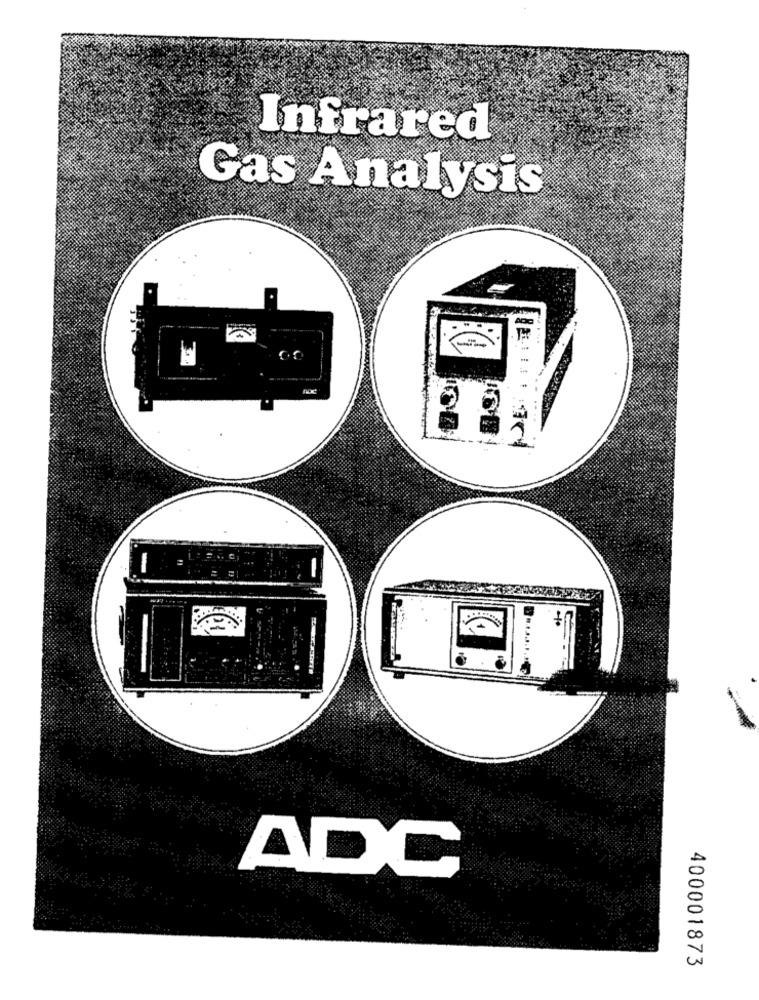
Infrared
Gas Analysis
-
ADC
400001873